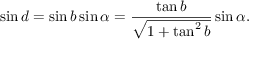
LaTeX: \sin d = \sin b \sin \alpha = { \frac { \tan b } { \sqrt { 1 + \tan ^ { 2 } b } } } \sin \alpha .